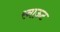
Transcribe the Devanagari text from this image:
रनाऊट